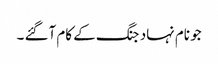
جو نام نہاد جنگ کے کام آگئے ۔